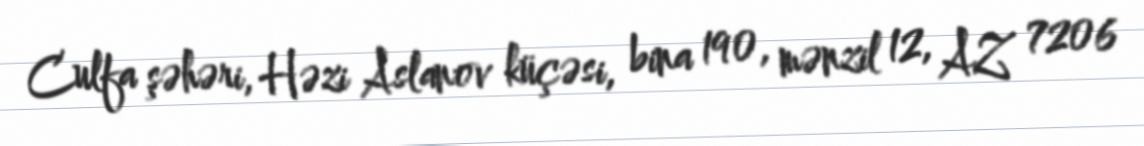
Culfa şəhəri, Həzi Aslanov küçəsi, bina 190, mənzil 12, AZ 7206